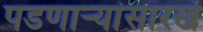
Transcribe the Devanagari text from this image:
पडणाऱ्यांसारखे